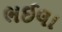
ભઈલા